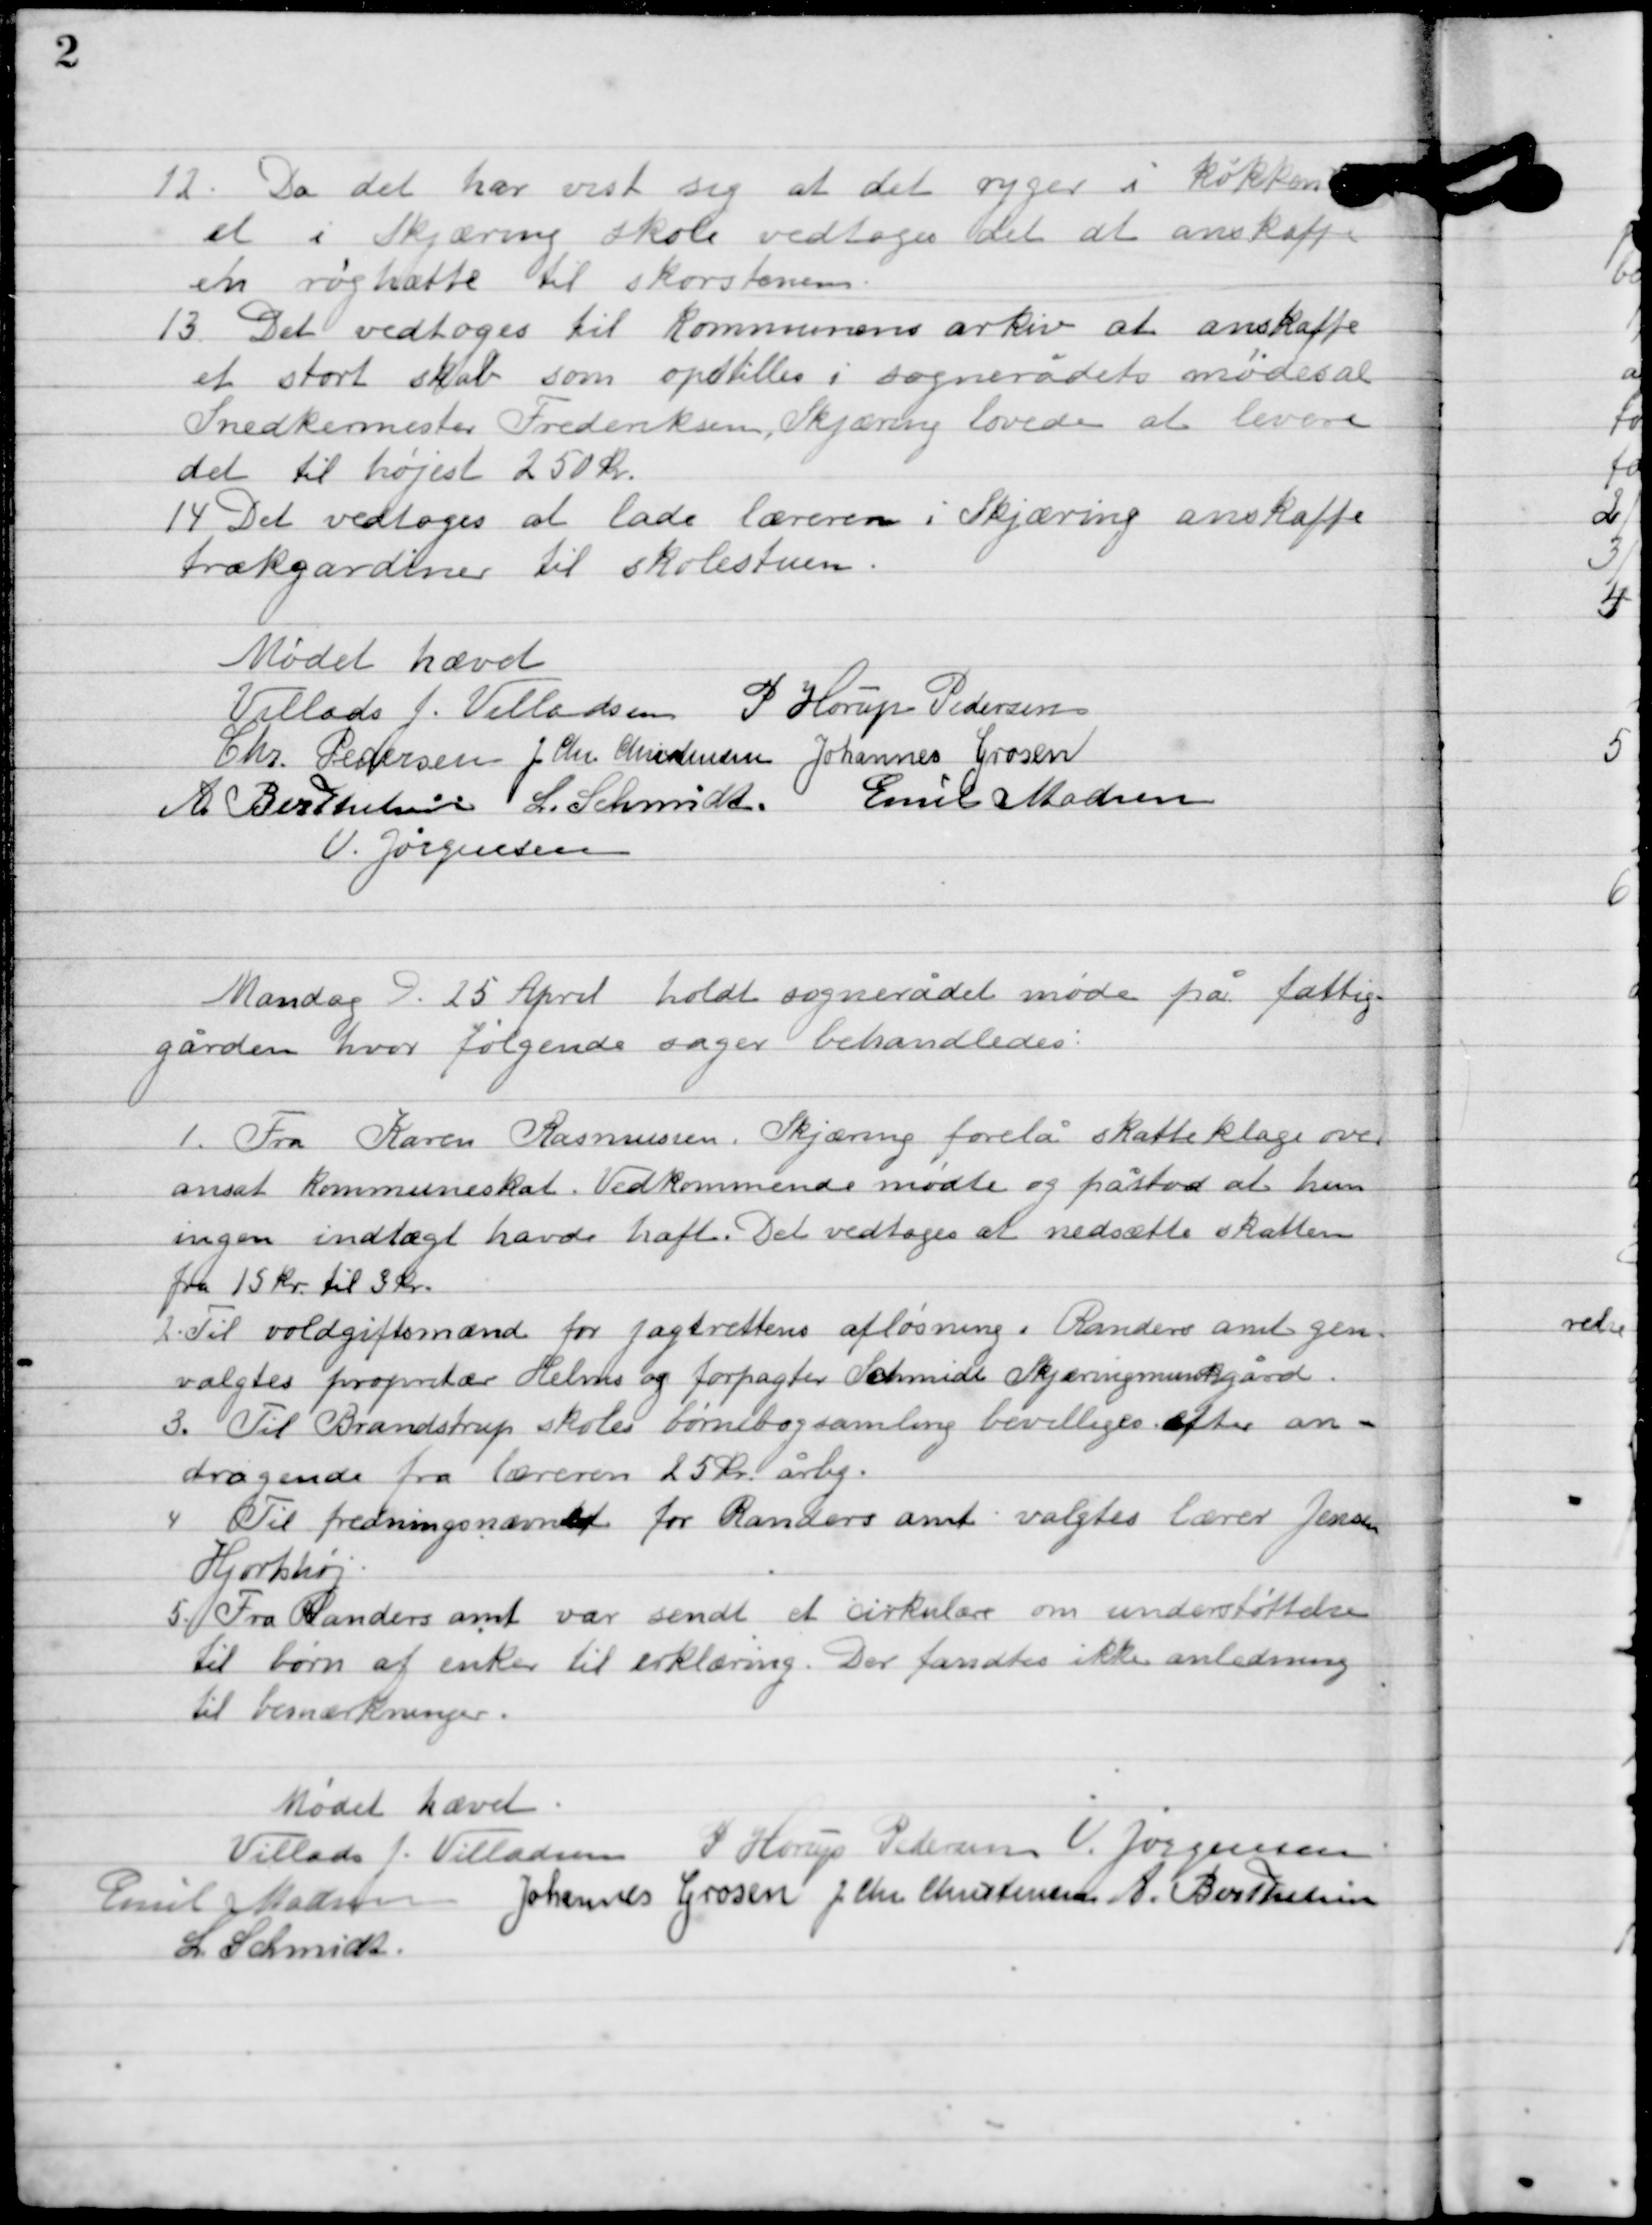
Transskription:
12

Da det har vist sig at det ryger i Køkken-
et i Skjæring skole vedtoges det at anskaffe
en røghætte til skorstenen.

13

Det vedtoges til kommunens arkiv at anskaffe
et stort skab som opstilles i sognerådets mødesal
Snedkermester Frederiksen, Skjæring lovede at levere
det til højest 250 kr.

14

Det vedtoges at lade læreren i Skjæring anskaffe
trækgardiner til skolestuen.

Mødet hævet

Villads J. Villadsen
P. Horup Pedersen
Chr. Pedersen
J Chr. Christensen
Johannes Grosen
A. Berthelsen
L. Schmidt
Emil Madsen
V. Jørgensen

Mandag D. 25 April holdt sognerådet møde på fattig-
gården hvor følgende sager behandledes:

1

Fra Karen Rasmussen, Skjæring forelå skatteklage over
ansat kommuneskat. Vedkommende mødte og påstod at hun
ingen indtægt havde haft. Det vedtoges at nedsætte skatten
fra 15 kr. til 3 kr.

2

Til voldgiftmænd for jagtrettens afløsning i Randers amt gen-
valgtes proprietær Helms og forpagter Schmidt Skjæringmunkegaard.

3

Til Brandstrup skoles børnebogsamling bevilliges efter an-
dragende fra læreren 25 kr. årlig.

4

Til fredningsnævnet for Randers amt valgtes lærer Jensen
Hjortshøj.

5

Fra Randers amt var sendt et cirkulære om understøttelse
til børn af enker til erklæring. Der fandtes ikke anledning
til bemærkninger.

Mødet hævet.

Villads J. Villadsen
P. Horup Pedersen
V. Jørgensen
Emil Madsen
Johannes Grosen
J Chr. Christensen
A. Berthelsen
L. Schmidt